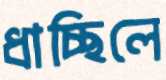
ধাচ্ছিলে